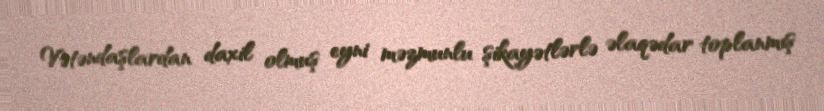
Vətəndaşlardan daxil olmuş eyni məzmunlu şikayətlərlə əlaqədar toplanmış